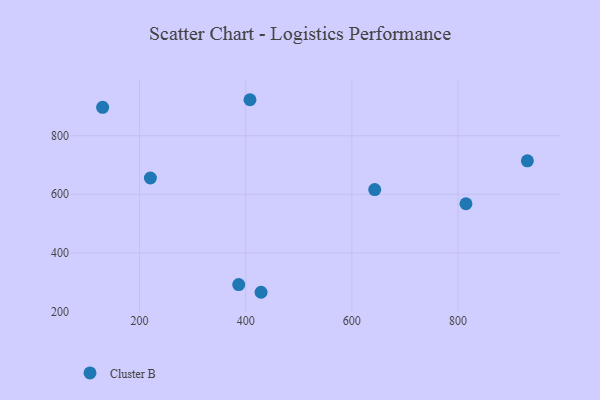
{"axis": {"x": "Experience", "y": "Exam Score"}, "legend": ["Cluster B"], "data": [{"x": "815.0", "y": 567.6, "type": "Cluster B"}, {"x": "386.9", "y": 291.6, "type": "Cluster B"}, {"x": "930.7", "y": 714.4, "type": "Cluster B"}, {"x": "429.0", "y": 265.3, "type": "Cluster B"}, {"x": "130.5", "y": 897.1, "type": "Cluster B"}, {"x": "643.1", "y": 616.0, "type": "Cluster B"}, {"x": "408.1", "y": 923.0, "type": "Cluster B"}, {"x": "220.5", "y": 655.7, "type": "Cluster B"}]}